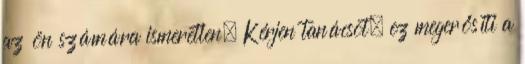
az ön számára ismeretlen. Kérjen tanácsot, ez megerősíti a